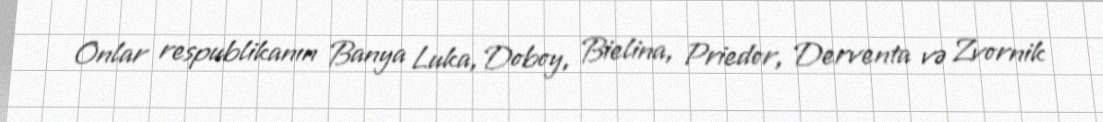
Onlar respublikanın Banya Luka, Doboy, Bielina, Priedor, Derventa və Zvornik